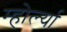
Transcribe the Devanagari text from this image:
म्होर्ल्या